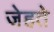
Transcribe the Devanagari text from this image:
जेहते